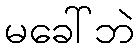
မခေါ်ဘဲ